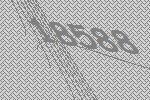
18588